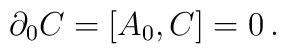
\partial_0 C= [A_0,C]=0 \,.